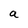
Character: a